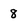
Character: 8